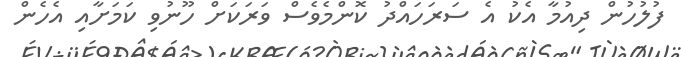
ފުލުހުން ދިއުމާ އެކު އެ ސަރަހައްދު ކޮންމެވެސް ވަރަކަށް ހޫނުވި ކަމަށާއި އެހެން